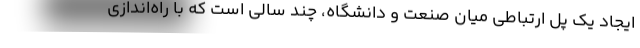
ایجاد یک پل ارتباطی میان صنعت و دانشگاه، چند سالی است که با راه‌اندازی